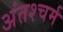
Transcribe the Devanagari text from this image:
अंतश्चर्म